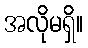
အလိုမရှိ။